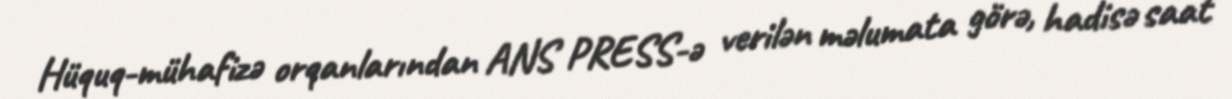
Hüquq-mühafizə orqanlarından ANS PRESS-ə verilən məlumata görə, hadisə saat